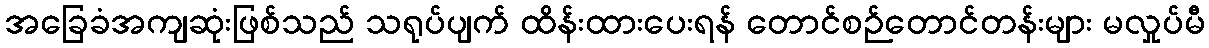
အခြေခံအကျဆုံးဖြစ်သည် သရုပ်ပျက် ထိန်းထားပေးရန် တောင်စဉ်တောင်တန်းများ မလှုပ်မီ